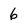
Character: 6